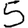
Digit: 5